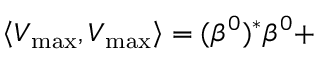
\left\langle V _ { \operatorname * { m a x } } , V _ { \operatorname * { m a x } } \right\rangle = ( \beta ^ { 0 } ) ^ { * } \beta ^ { 0 } +